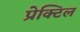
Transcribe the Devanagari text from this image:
प्रेक्टिल